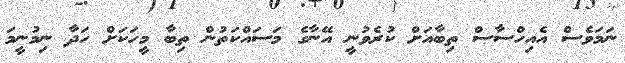
ނަމަވެސް އެއިހްސާސް ތިބާއަށް ކުރެވުނީ އޭނާގެ މަސައްކަތުން ތިބާ މީހަކަށް ހަދާ ނިމުނީމަ